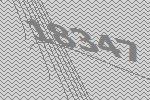
18347